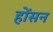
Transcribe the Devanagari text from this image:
होंसन